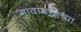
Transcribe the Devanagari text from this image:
गावांमधल्या